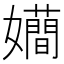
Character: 𭒮